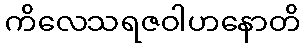
ကိလေသရဇဝါဟနောတိ